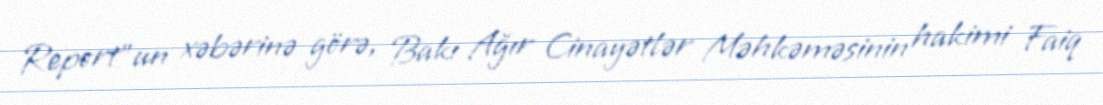
Report"un xəbərinə görə, Bakı Ağır Cinayətlər Məhkəməsinin hakimi Faiq